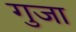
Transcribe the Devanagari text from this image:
गुजा